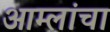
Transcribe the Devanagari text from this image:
आम्लांचा